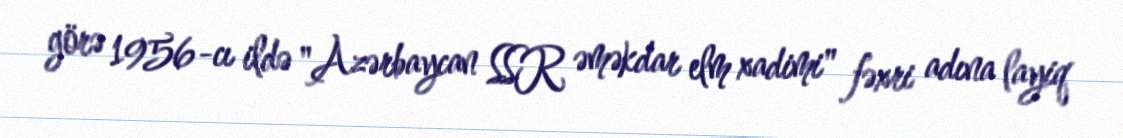
görə 1956-cı ildə "Azərbaycan SSR əməkdar elm xadimi" fəxri adına layiq